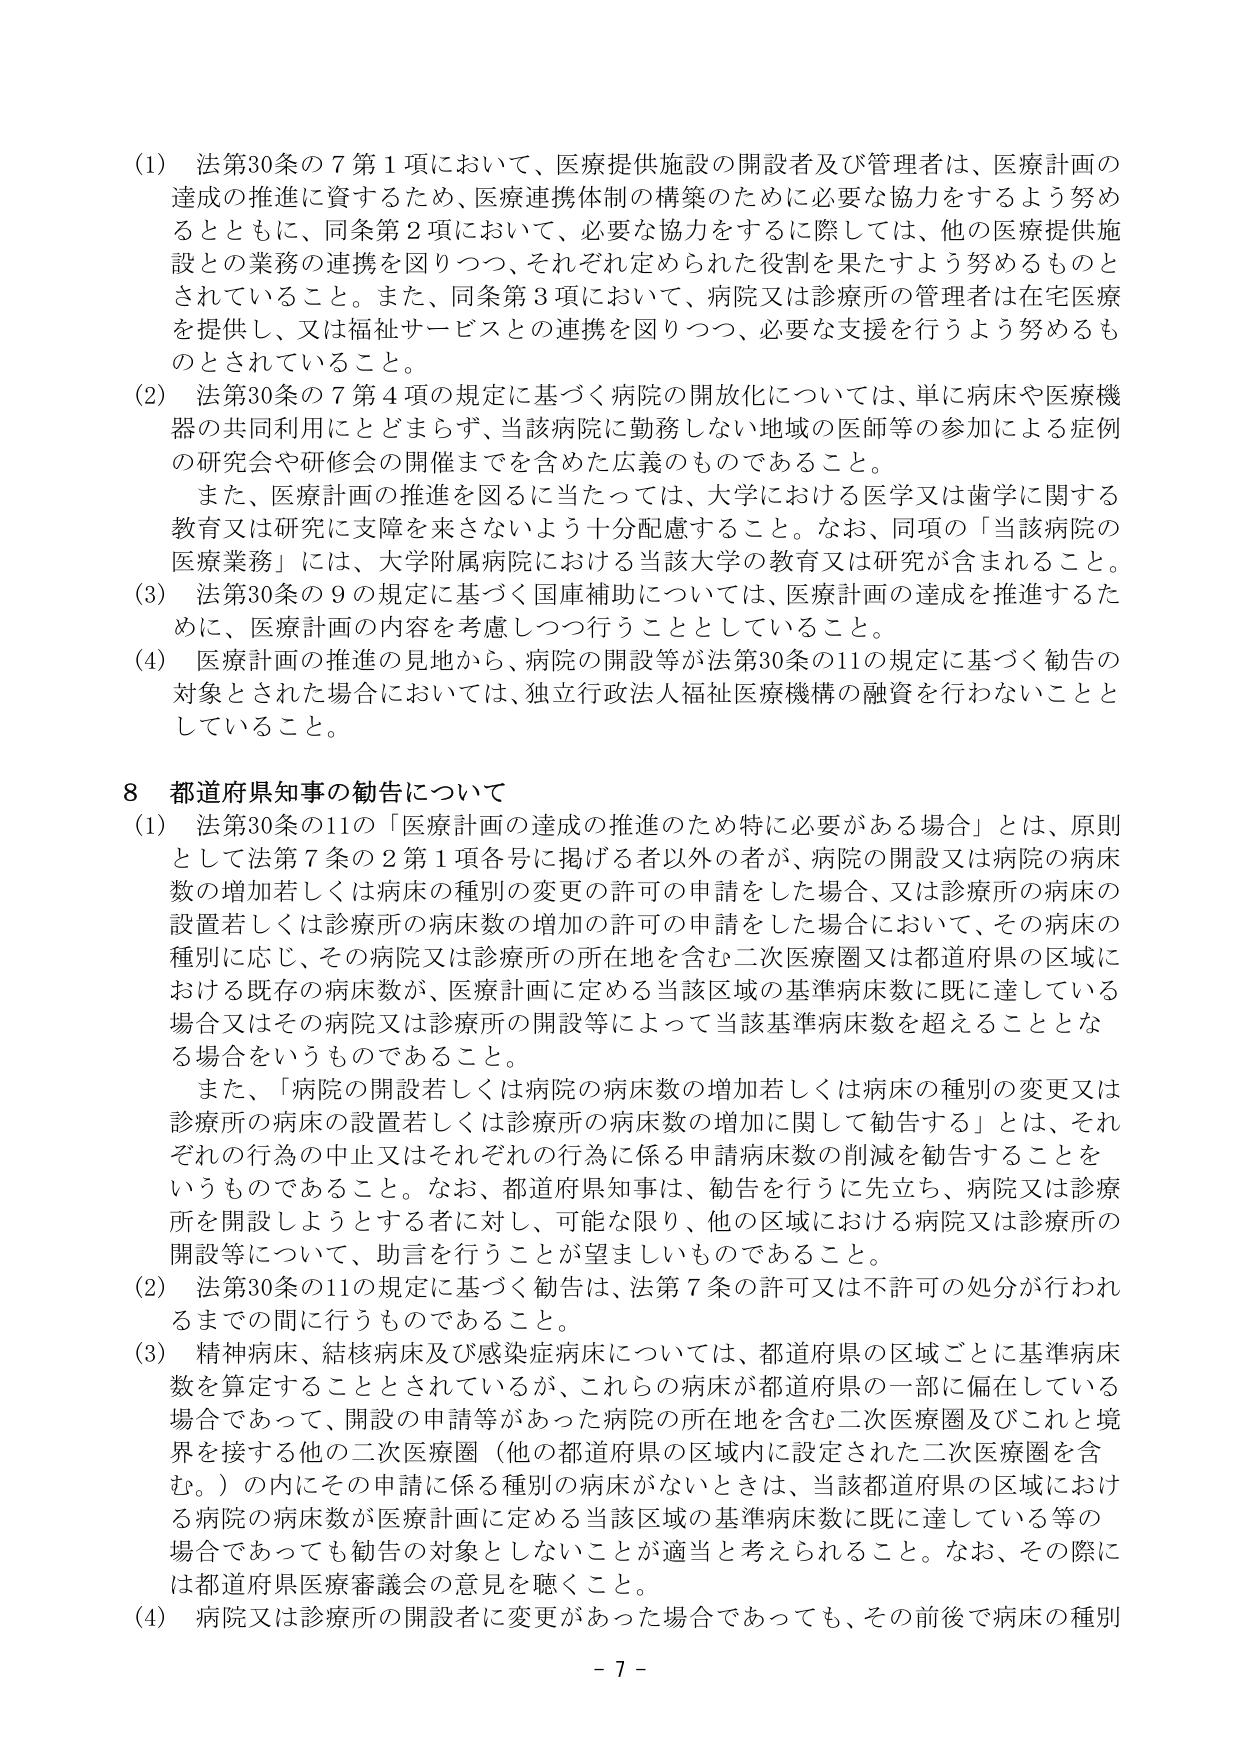
(1) 法第30条の7第1項において、医療提供施設の開設者及び管理者は、医療計画の達成の推進に資するため、医療連携体制の構築のために必要な協力をするよう努めるとともに、同条第2項において、必要な協力をするに際しては、他の医療提供施設との業務の連携を図りつつ、それぞれ定められた役割を果たすよう努めるものとされていること。また、同条第3項において、病院又は診療所の管理者は在宅医療を提供し、又は福祉サービスとの連携を図りつつ、必要な支援を行うよう努めるものとされていること。

(2) 法第30条の7第4項の規定に基づく病院の開放化については、単に病床や医療機器の共同利用にとどまらず、当該病院に勤務しない地域の医師等の参加による症例の研究会や研修会の開催までを含めた広義のものであること。

また、医療計画の推進を図るに当たっては、大学における医学又は歯学に関する教育又は研究に支障を来さないよう十分配慮すること。なお、同項の「当該病院の医療業務」には、大学附属病院における当該大学の教育又は研究が含まれること。

(3) 法第30条の9の規定に基づく国庫補助については、医療計画の達成を推進するために、医療計画の内容を考慮しつつ行うこととしていること。

(4) 医療計画の推進の見地から、病院の開設等が法第30条の11の規定に基づく勧告の対象とされた場合においては、独立行政法人福祉医療機構の融資を行わないこととしていること。

8 都道府県知事の勧告について

(1) 法第30条の11の「医療計画の達成の推進のため特に必要がある場合」とは、原則として法第7条の2第1項各号に掲げる者以外の者が、病院の開設又は病院の病床数の増加若しくは病床の種別の変更の許可の申請をした場合、又は診療所の病床の設置若しくは診療所の病床数の増加の許可の申請をした場合において、その病床の種別に応じ、その病院又は診療所の所在地を含む二次医療圏又は都道府県の区域における既存の病床数が、医療計画に定める当該区域の基準病床数に既に達している場合又はその病院又は診療所の開設等によって当該基準病床数を超えることとなる場合をいうものであること。

また、「病院の開設若しくは病院の病床数の増加若しくは病床の種別の変更又は診療所の病床の設置若しくは診療所の病床数の増加に関して勧告する」とは、それぞれの行為の中止又はそれぞれの行為に係る申請病床数の削減を勧告することをいうものであること。なお、都道府県知事は、勧告を行うに先立ち、病院又は診療所を開設しようとする者に対し、可能な限り、他の区域における病院又は診療所の開設等について、助言を行うことが望ましいものであること。

(2) 法第30条の11の規定に基づく勧告は、法第7条の許可又は不許可の処分が行われるまでの間に行うものであること。

(3) 精神病床、結核病床及び感染症病床については、都道府県の区域ごとに基準病床数を算定することとされているが、これらの病床が都道府県の一部に偏在している場合であって、開設の申請等があった病院の所在地を含む二次医療圏及びこれと境界を接する他の二次医療圏（他の都道府県の区域内に設定された二次医療圏を含む。）の内にその申請に係る種別の病床がないときは、当該都道府県の区域における病院の病床数が医療計画に定める当該区域の基準病床数に既に達している等の場合であっても勧告の対象としないことが適当と考えられること。なお、その際には都道府県医療審議会の意見を聴くこと。

(4) 病院又は診療所の開設者に変更があった場合であっても、その前後で病床の種別

- 7 -